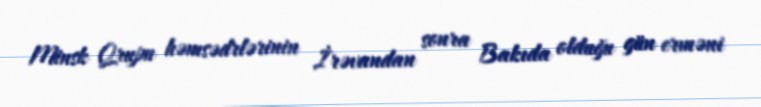
Minsk Qrupu həmsədrlərinin İrəvandan sonra Bakıda olduğu gün erməni